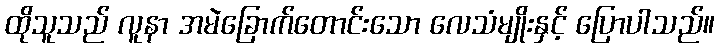
ထိုသူသည် လူနာ အမဲခြောက်တောင်းသော လေသံမျိုးနှင့် ပြောပါသည်။